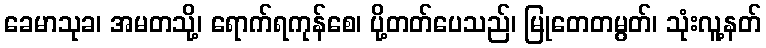
ခေမာသုခ၊ အမတသို့၊ ရောက်ရကုန်စေ၊ ပို့တတ်ပေသည်၊ မြုတေတမွတ်၊ သုံးလူ့နတ်